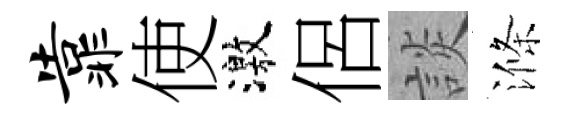
靠使激侶談滌